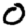
Digit: 0